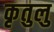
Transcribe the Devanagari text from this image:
कृतुलु